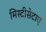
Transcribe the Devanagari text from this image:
मिस्टीसेटाए